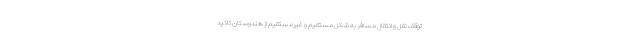
توقف نقل و انتقال مسافر به شکل مستقیم و غیرمستقیم از هندوستان تاکید